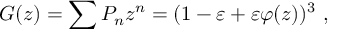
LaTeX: G ( z ) = \sum { P _ { n } z ^ { n } } = ( 1 - \varepsilon + \varepsilon \varphi ( z ) ) ^ { 3 } ~ ,